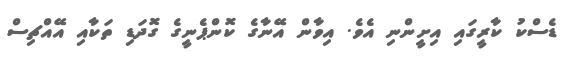
ޑެސްކު ކާރީގައި އިށީންނި އެވެ. އިވާން އޭނާގެ ކޮންޕެނީގެ ގޮދަޑި ތަކާއި އޭއްޗިސް